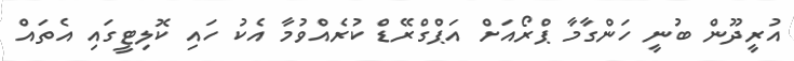
އުރީދޫން ބުނީ ހަންގާމާ ޕްރޯއަށް އަޕްގްރޭޑް ކުރެއްވުމާ އެކު ހައި ކޮލިޓީގައި އެތައް